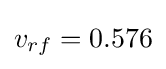
v_{rf}=0.576